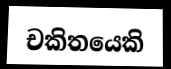
චකිතයෙකි